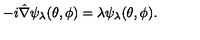
- i \hat { \nabla } \psi _ { \lambda } ( \theta , \phi ) = \lambda \psi _ { \lambda } ( \theta , \phi ) .